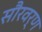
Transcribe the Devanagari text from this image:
सौरवर्ण